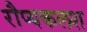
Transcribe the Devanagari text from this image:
रौप्यकलश